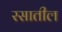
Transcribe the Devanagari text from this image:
रसातील